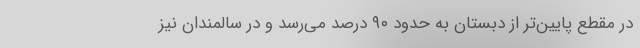
در مقطع پایین‌تر از دبستان به حدود ۹۰ درصد می‌رسد و در سالمندان نیز